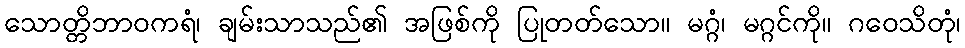
သောတ္တိဘာဝကရံ၊ ချမ်းသာသည်၏ အဖြစ်ကို ပြုတတ်သော။ မဂ္ဂံ၊ မဂ္ဂင်ကို။ ဂဝေသိတုံ၊